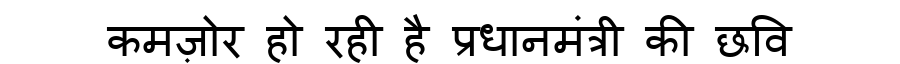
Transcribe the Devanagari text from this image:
कमज़ोर हो रही है प्रधानमंत्री की छवि